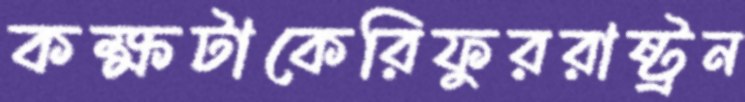
কক্ষটাকেরিফুররাষ্ট্রন